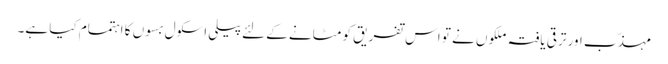
مہذّب اور ترقی یافتہ ملکوں نے تو اس تفریق کو مٹانے کے لئےپیلی اسکول بسوں کا اہتمام کیا ہے۔